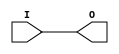
///////////////////////////////////////////////////////
//  Copyright (c) 1995/2015 Xilinx, Inc.
//  All Right Reserved.
///////////////////////////////////////////////////////
//
//   ____   ___
//  /   /\/   / 
// /___/  \  /     Vendor      : Xilinx 
// \  \    \/      Version     : 2015.4
//  \  \           Description : Xilinx Formal Library component
//  /  /                      
// /__/   /\       Filename    : BUFMR.v
// \  \  /  \ 
//  \__\/\__ \                    
//                                 
///////////////////////////////////////////////////////
//  Revision:    1.0
///////////////////////////////////////////////////////

`timescale 1 ps / 1 ps 

`celldefine

module BUFMR (
  O,

  I
);

`ifdef XIL_TIMING

  parameter LOC = "UNPLACED";

`endif

  output O;

  input I;

  buf B1 (O, I);

endmodule

`endcelldefine